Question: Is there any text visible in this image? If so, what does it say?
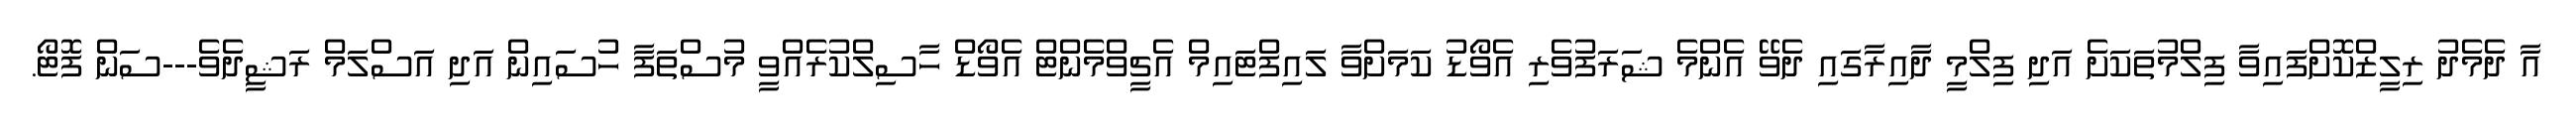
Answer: އާ ދެމެދު ރިލީޒްކޮށްފައިވާ ފިލްމުތަކަށެ އަދި ފިލްމީ ދާއިރާގައި ދެވޭ އެންމެ ޝަރަފުވެރި އެވޯޑު ކަމަށްވާ ލައިފްޓައިމް އެޗީވްމެންޓް އެވޯޑް ހާސިލްކުރެއްވީ މުސްތަފާ ހުސައިން އަދި އަސްލަމް ރަޝީދެވެ---ސަން ފޮޓޯ.